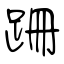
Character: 跚